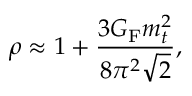
\rho \approx 1 + \frac { 3 G _ { \mathrm { F } } m _ { t } ^ { 2 } } { 8 \pi ^ { 2 } \sqrt { 2 } } ,